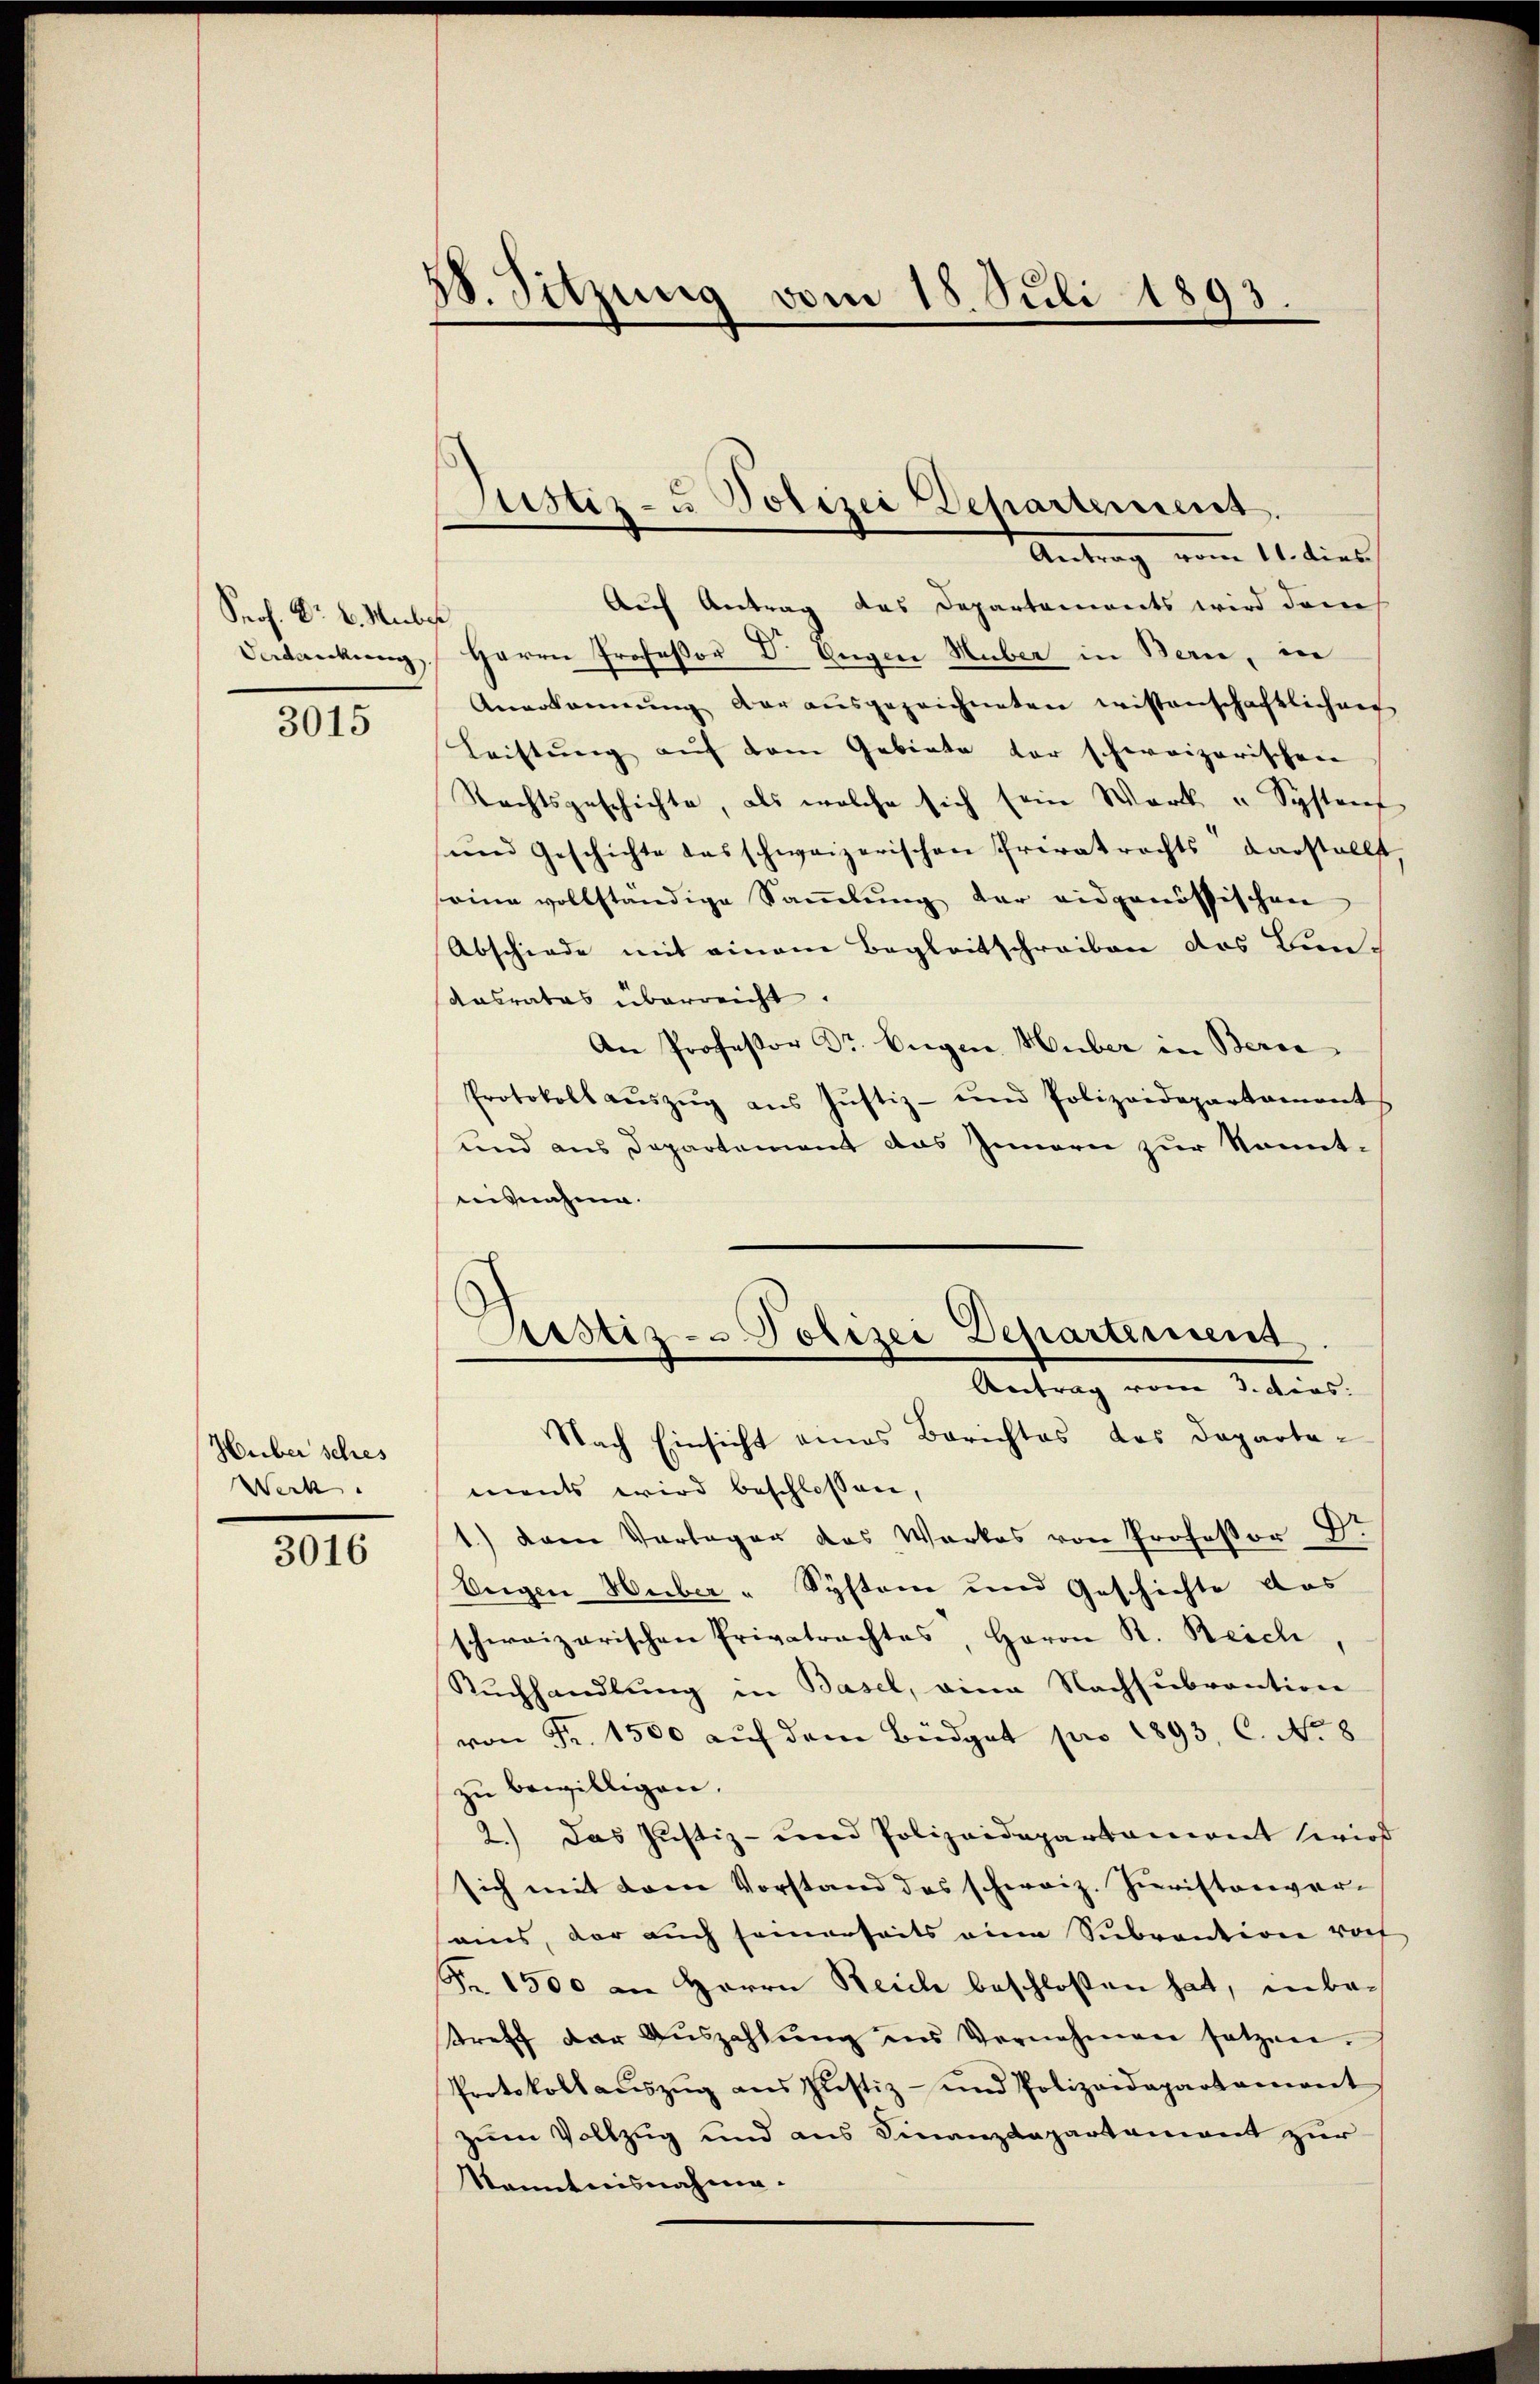
Prof. Dr. L. Milch
Verdankung

3015

Huber sches
Werk.

3016

88. Sitzung vom 18. Juli 1893

Justiz- u Polizei Departement
Antrag vom 11. dies

Auch Antrag das Departements wird dan
Herrn Professor Dr. Augen Huber in Bern, in
Anerkannŭng der aŭsgezeichneten wissenschaftlichen
Leistung auf dem Gebiete vor schweizerischen
Rechtsgeschichte, als welche sich sein Wart u. Systerf
und Geschichte das schweizerischen Privatrechts darstellt
seine vollständige Sammlung der eidgenössischen
Abschiede mit einem Begleitschreiben das Bun-
Aasrates überreicht.
An Professor Dr. Eigen Huber in Berce
Protokoll aŭszŭg aŭs Jŭstiz- und Polizeidepartament
und aus Departement das Innern zur Sonntausnahme.
Astiz- & Polizei Departemens
Antrag vom 3. dies
Nach Einsicht eines Berichtes das Departaments wird beschlossen,
1.) Dem Vorleger das Werkes von Professor Dr
Ungen Huber - Systeme und Geschichte das
schweizerischen Privatrechtes, Herrn R. Reich
Ruchhandlung in Basel, eine Nachsubvention
von Fr. 1500 auf dem Büdget pro 1893, C. No 8
zu bewilligen.
2.) Das Justiz- und Polizeidepartament wies
sich mit dem Vorstand des schweiz. Hieristenver-
sams, der auch seinerseits eine Subvention vot
Nr. 1500 an Herrn Reich beschloßen hat, in bettreff der Aŭszahlŭng ins Vernehmen setzen.
Protokoll aŭszŭg aŭs Justiz- und Polizeidepartament
zum Vollzug und aus Finanzdepartament zur
Kenntnisnahme.